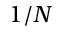
1 / N